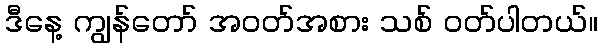
ဒီနေ့ ကျွန်တော် အဝတ်အစား သစ် ဝတ်ပါတယ်။